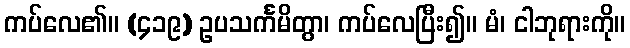
ကပ်လေ၏။ (၄၁၉) ဥပသင်္ကမိတွာ၊ ကပ်လေပြီး၍။ မံ၊ ငါဘုရားကို။